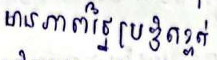
មានភាពច្នៃប្រឌិតខ្ពស់